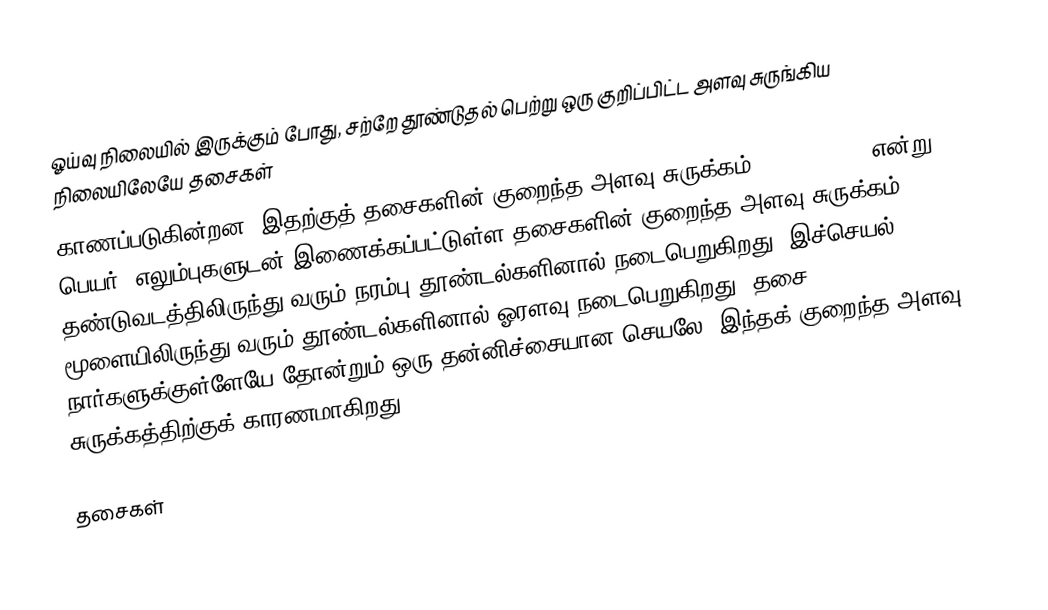
ஓய்வு நிலையில் இருக்கும் போது, சற்றே தூண்டுதல் பெற்று ஒரு குறிப்பிட்ட அளவு சுருங்கிய நிலையிலேயே தசைகள்
காணப்படுகின்றன. இதற்குத் தசைகளின் குறைந்த அளவு சுருக்கம் (Musle tone) என்று பெயர். எலும்புகளுடன் இணைக்கப்பட்டுள்ள தசைகளின் குறைந்த அளவு சுருக்கம், தண்டுவடத்திலிருந்து வரும் நரம்பு தூண்டல்களினால் நடைபெறுகிறது. இச்செயல், மூளையிலிருந்து வரும் தூண்டல்களினால் ஓரளவு நடைபெறுகிறது. தசை நார்களுக்குள்ளேயே தோன்றும் ஒரு தன்னிச்சையான செயலே, இந்தக் குறைந்த அளவு சுருக்கத்திற்குக் காரணமாகிறது.

தசைகள்